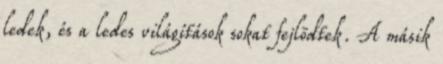
ledek, és a ledes világítások sokat fejlõdtek. A másik